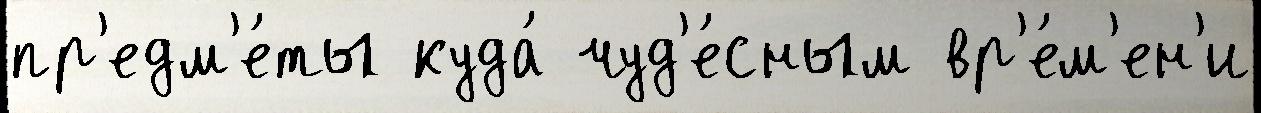
пр'едм'е́ты куда́ чуд'е́сным вр'е́м'ен'и